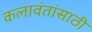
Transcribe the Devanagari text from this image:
कलावंतांसाठी